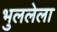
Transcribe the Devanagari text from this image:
भुललेला